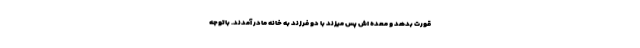
قورت بدهد و معده اش پس میزند با دو فرزند به خانه مادر آمدند. باتوجه